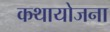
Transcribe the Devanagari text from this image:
कथायोजना